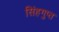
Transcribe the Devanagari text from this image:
सिंहगुप्त